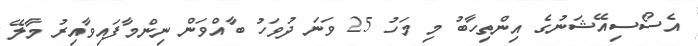
އެސޯސިއޭޝަނުގެ އިންތިހާބު މި މަހު 25 ވަނަ ދުވަހު ބާއްވަން ނިންމާފައިވާއިރު މާލޭ